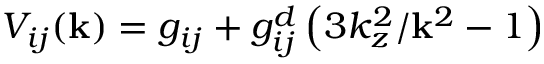
V _ { i j } ( \mathbf { k } ) = g _ { i j } + g _ { i j } ^ { d } \left( 3 k _ { z } ^ { 2 } / \mathbf { k } ^ { 2 } - 1 \right)